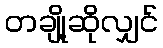
တချို့ဆိုလျှင်